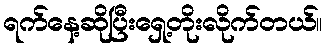
ရက်နေ့ဆိုပြီးရှေ့တိုးလိုက်တယ်။